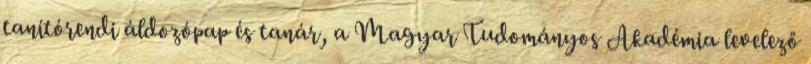
tanítórendi áldozópap és tanár, a Magyar Tudományos Akadémia levelező